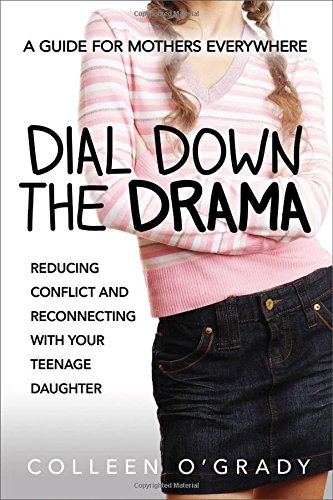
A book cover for Dial Down the Drama: Reducing Conflict and Reconnecting with Your Teenage Daughter--A Guide for Mothers Everywhere; Colleen O'Grady; Self-Help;